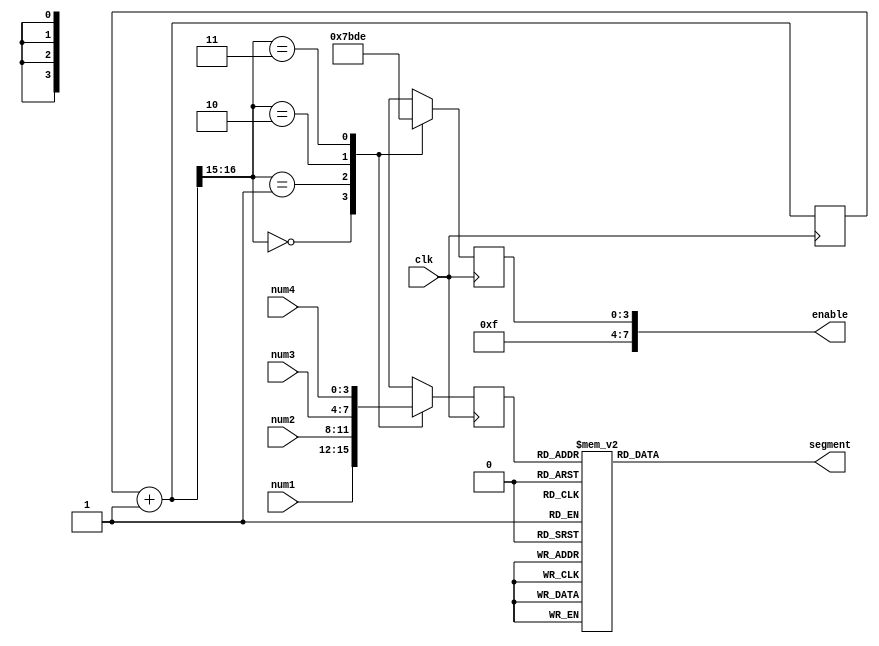
`timescale 1ns / 1ps

// 7
module display7(
    input               clk,
    input       [3:0]   num1,       // 4
    input       [3:0]   num2,       // num1 ~ num4
    input       [3:0]   num3,       // 0~9
    input       [3:0]   num4,
    output      [7:0]   enable,     // 
    output reg  [6:0]   segment
    );
    
    // 
    reg [16:0]  cnt = 0;        //  
    reg [3:0]   reg_ena;        // 
    reg [3:0]   num_current;    // 
    
    //     
    assign enable = { 4'b1111, reg_ena };
    
    always @(posedge clk)
    begin
        cnt = cnt + 1;      // 
        //  100MHz
        case(cnt[16:15])
            2'b00:
            begin
                reg_ena     <= 4'b0111;
                num_current <= num1;
            end
            2'b01:
            begin
                reg_ena     <= 4'b1011;
                num_current <= num2;
            end
            2'b10:
            begin
                reg_ena     <= 4'b1101;
                num_current <= num3;
            end
            2'b11:
            begin
                reg_ena     <= 4'b1110;
                num_current <= num4;
            end
        endcase
    end
    
    always @(*)
    begin
        case(num_current)
            4'd0    : segment <= 7'b1000000;
            4'd1    : segment <= 7'b1111001;
            4'd2    : segment <= 7'b0100100;
            4'd3    : segment <= 7'b0110000;
            4'd4    : segment <= 7'b0011001;
            4'd5    : segment <= 7'b0010010;
            4'd6    : segment <= 7'b0000010;
            4'd7    : segment <= 7'b1111000;
            4'd8    : segment <= 7'b0000000;
            4'd9    : segment <= 7'b0010000;
            default : segment <= 7'b1111111;
        endcase
    end
    
endmodule